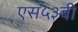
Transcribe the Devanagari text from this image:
एस५३बी